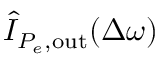
\hat { I } _ { P _ { e } , \mathrm { o u t } } ( \Delta \omega )